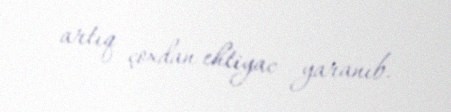
artıq çoxdan ehtiyac yaranıb.